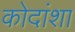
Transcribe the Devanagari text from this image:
कोदांशा